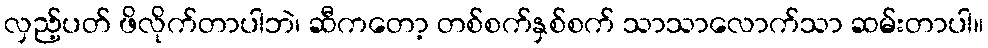
လှည့်ပတ် ဖိလိုက်တာပါဘဲ၊ ဆီကတော့ တစ်စက်နှစ်စက် သာသာလောက်သာ ဆမ်းတာပါ။